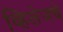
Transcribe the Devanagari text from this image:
व्हिलेजचे